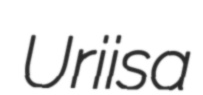
Uriisa